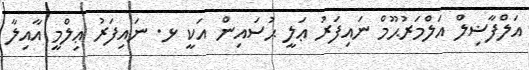
އަލްފާޟިލް އަލްމަރުޙޫމް ނައިފަރު ޢަލީ ޙުސައިން އަކީ ޅ. ނައިފަރު ޢިލްމީ އާއިލާ